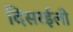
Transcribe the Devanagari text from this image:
दिसरईली